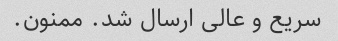
سریع و عالی ارسال شد. ممنون.